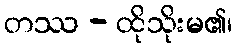
တဿ - ထိုသိုးမ၏၊